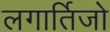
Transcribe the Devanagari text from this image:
लगार्तिजो